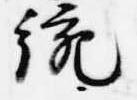
統